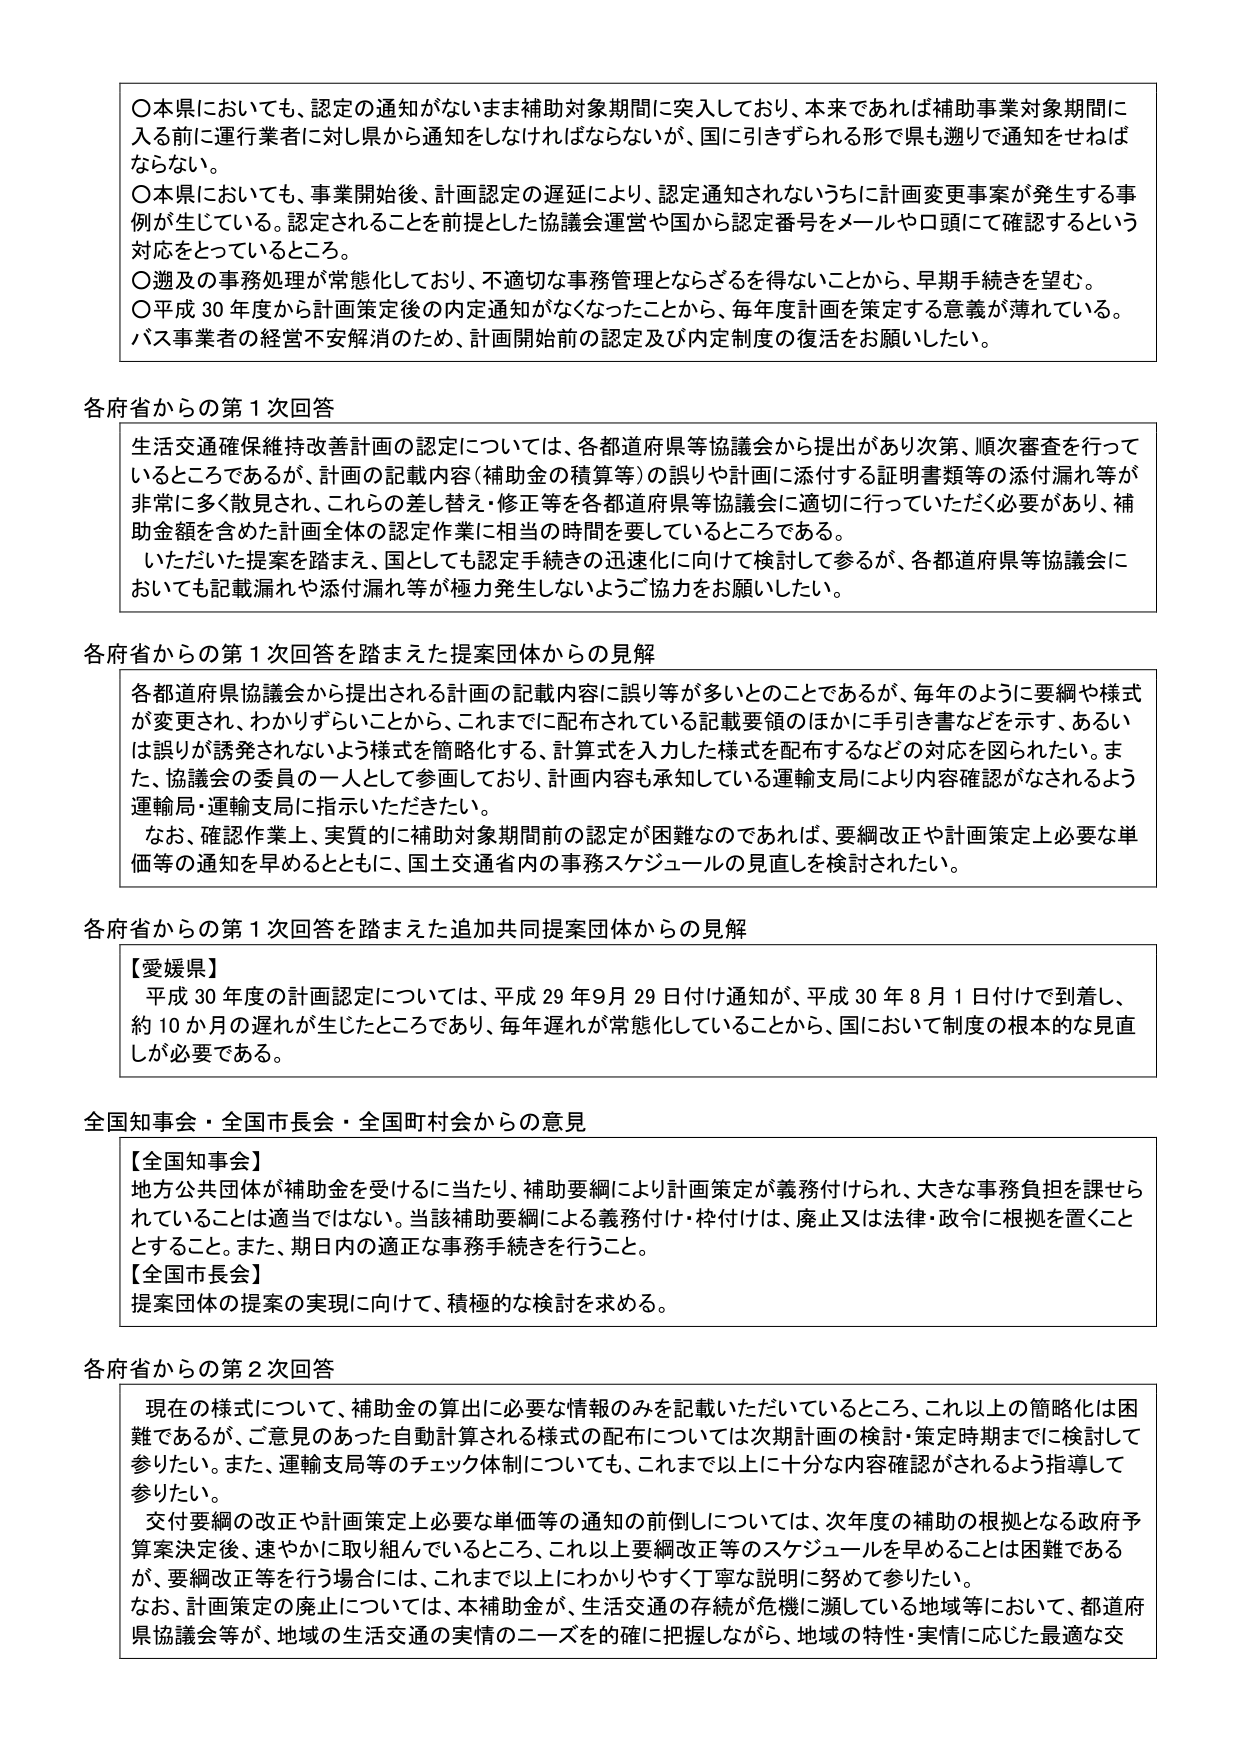
〇本県においても、認定の通知がないまま補助対象期間に突入しており、本来であれば補助事業対象期間に入る前に運行業者に対し県から通知をしなければならないが、国に引きずられる形で県も遡って通知をせねばならない。

〇本県においても、事業開始後、計画認定の遅延により、認定通知されないうちに計画変更事案が発生する事例が生じている。認定されることを前提とした協議会運営や国から認定番号をメールや口頭にて確認するという対応をとっているところ。

〇週及の事務処理が常態化しており、不適切な事務管理とならざるを得ないことから、早期手続きを望む。

〇平成30年度から計画策定後の内定通知がなくなったことから、毎年度計画を策定する意義が薄れている。バス事業者の経営不安解消のため、計画開始前の認定及び内定制度の復活をお願いしたい。

各府省からの第1次回答

生活交通確保維持改善計画の認定については、各都道府県等協議会から提出があり次第、順次審査を行っているところであるが、計画の記載内容（補助金の積算等）の誤りや計画に添付する証明書類等の添付漏れ等が非常に多く散見され、これらの差し替え・修正等を各都道府県等協議会に適切に行っていただく必要があり、補助金額を含めた計画全体の認定作業に相当の時間を要しているところである。

いただいた提案を踏まえ、国としても認定手続きの迅速化に向けて検討して参るが、各都道府県等協議会においても記載漏れや添付漏れ等が極力発生しないようご協力をお願いしたい。

各府省からの第1次回答を踏まえた提案団体からの見解

各都道府県協議会から提出される計画の記載内容に誤り等が多いとのことであるが、毎年のように要綱や様式が変更され、わかりずらいことから、これまでに配布されている記載要領のほかに手引き書などを示す、あるいは誤りが誘発されないよう様式を簡略化する、計算式を入力した様式を配布するなどの対応を図られたい。また、協議会の委員の一人として参画しており、計画内容も承知している運輸支局により内容確認がなされるよう運輸局・運輸支局に指示いただきたい。

なお、確認作業上、実質的に補助対象期間前の認定が困難なのであれば、要綱改正や計画策定上必要な単価等の通知を早めるとともに、国土交通省内の事務スケジュールの見直しを検討されたい。

各府省からの第1次回答を踏まえた追加共同提案団体からの見解

【愛媛県】
平成30年度の計画認定については、平成29年9月29日付け通知が、平成30年8月1日付けで到着し、約10か月の遅れが生じたところであり、毎年遅れが常態化していることから、国において制度の根本的な見直しが必要である。

全国知事会・全国市長会・全国町村会からの意見

【全国知事会】
地方公共団体が補助金を受けるに当たり、補助要綱により計画策定が義務付けられ、大きな事務負担を課せられていることは適当ではない。当該補助要綱による義務付け・枠付けは、廃止又は法律・政令に根拠を置くこととする。また、期日内の適正な事務手続きを行うこと。

【全国市長会】
提案団体の提案の実現に向けて、積極的な検討を求める。

各府省からの第2次回答

現在の様式について、補助金の算出に必要な情報のみを記載いただいているところ、これ以上の簡略化は困難であるが、ご意見のあった自動計算される様式の配布については次期計画の検討・策定時期までに検討して参りたい。また、運輸支局等のチェック体制についても、これまで以上に十分な内容確認がされるよう指導して参りたい。

交付要綱の改正や計画策定上必要な単価等の通知の前倒しについては、次年度の補助の根拠となる政府予算案決定後、速やかに取り組んでいるところ、これ以上要綱改正等のスケジュールを早めることは困難であるが、要綱改正等を行う場合には、これまで以上にわかりやすく丁寧な説明に努めて参りたい。

なお、計画策定の廃止については、本補助金が、生活交通の存続が危機に瀕している地域等において、都道府県協議会等が、地域の生活交通の実情のニーズを的確に把握しながら、地域の特性・実情に応じた最適な交